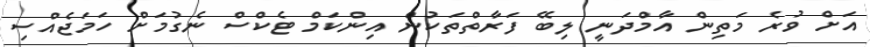
އަށް ވުރެ މަތިން އާމްދަނީ ލިބޭ ފަރާތްތަކުން އިންކަމް ޓެކްސް ނެގުމަށް ހަމަޖެއްސި